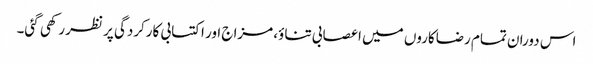
اس دوران تمام رضاکاروں میں اعصابی تناؤ، مزاج اور اکتسابی کارکردگی پر نظر رکھی گئی۔